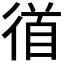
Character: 𭛼